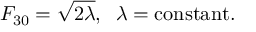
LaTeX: F _ { 3 0 } = \sqrt { 2 \lambda } , \; \; \lambda = \mathrm { c o n s t a n t } .